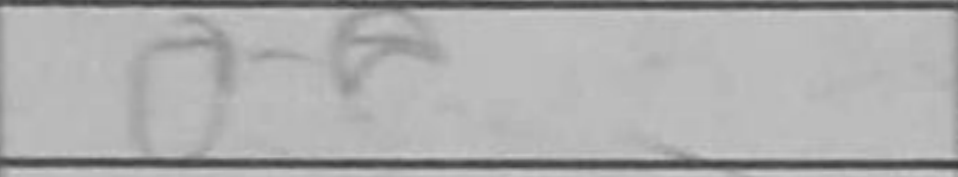
Transcription: O-O